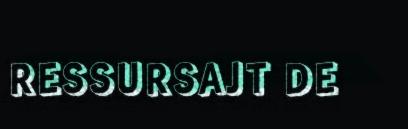
RESSURSAJT DE